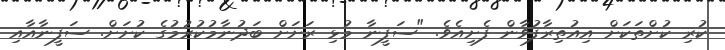
ކުރި ކުށްތަކަށް އިއުތިރާފުވާން ފެށިއެވެ. "ސަފީނާ މުޅި ރަށަށް ބަދުނާމުކުރުމުގެ ކުށަށް. ސަފީނާއާއި